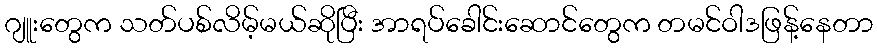
ဂျူးတွေက သတ်ပစ်လိမ့်မယ်ဆိုပြီး အာရပ်ခေါင်းဆောင်တွေက တမင်ဝါဒဖြန့်နေတာ